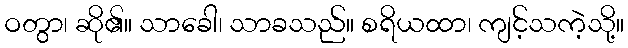
ဝတွာ၊ ဆို၏။ သာခေါ၊ သာခသည်။ စရိယထာ၊ ကျင့်သကဲ့သို့။